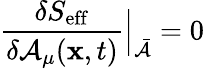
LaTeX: {\frac{\delta S_{\mathrm{eff}}}{\delta{\cal A}_{\mu}({{\mathbf x},t})}}\Bigr|_{\bar{\cal A}}=0